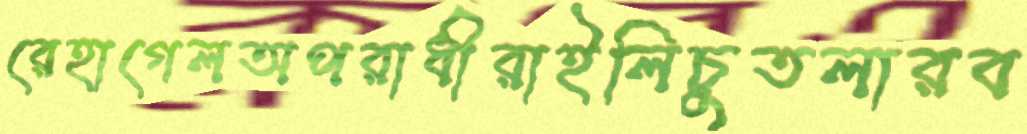
রেহাগেলঅপরাধীরাইলিচুতলারব